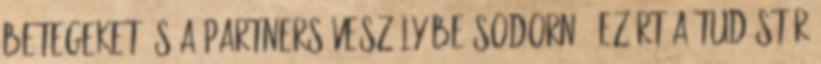
betegeket és a Partners veszély-be sodorná. Ezért a tudástár